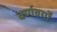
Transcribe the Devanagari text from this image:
वर्णवर्गों